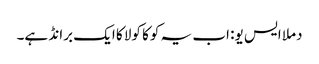
دملا ایس یو: اب یہ کوکا کولا کا ایک برانڈ ہے۔